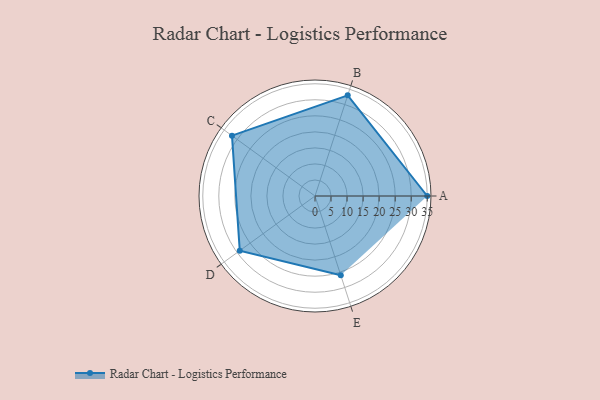
{"axis": {"x": "Skill", "y": "Score"}, "legend": ["Profile"], "data": [{"x": "A", "y": 35.0, "type": "Profile"}, {"x": "B", "y": 33.0, "type": "Profile"}, {"x": "C", "y": 32.0, "type": "Profile"}, {"x": "D", "y": 29.0, "type": "Profile"}, {"x": "E", "y": 26.0, "type": "Profile"}]}